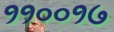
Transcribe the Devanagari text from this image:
११००१७